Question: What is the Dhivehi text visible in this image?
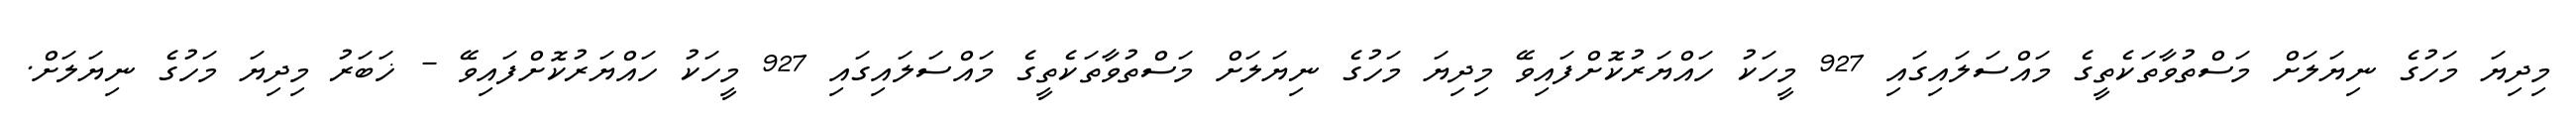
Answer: މިދިޔަ މަހުގެ ނިޔަލަށް މަސްތުވާތަކެތީގެ މައްސަލައިގައި 927 މީހަކު ހައްޔަރުކޮށްފައިވޭ މިދިޔަ މަހުގެ ނިޔަލަށް މަސްތުވާތަކެތީގެ މައްސަލައިގައި 927 މީހަކު ހައްޔަރުކޮށްފައިވޭ - ޚަބަރު މިދިޔަ މަހުގެ ނިޔަލަށް.